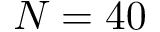
N = 4 0